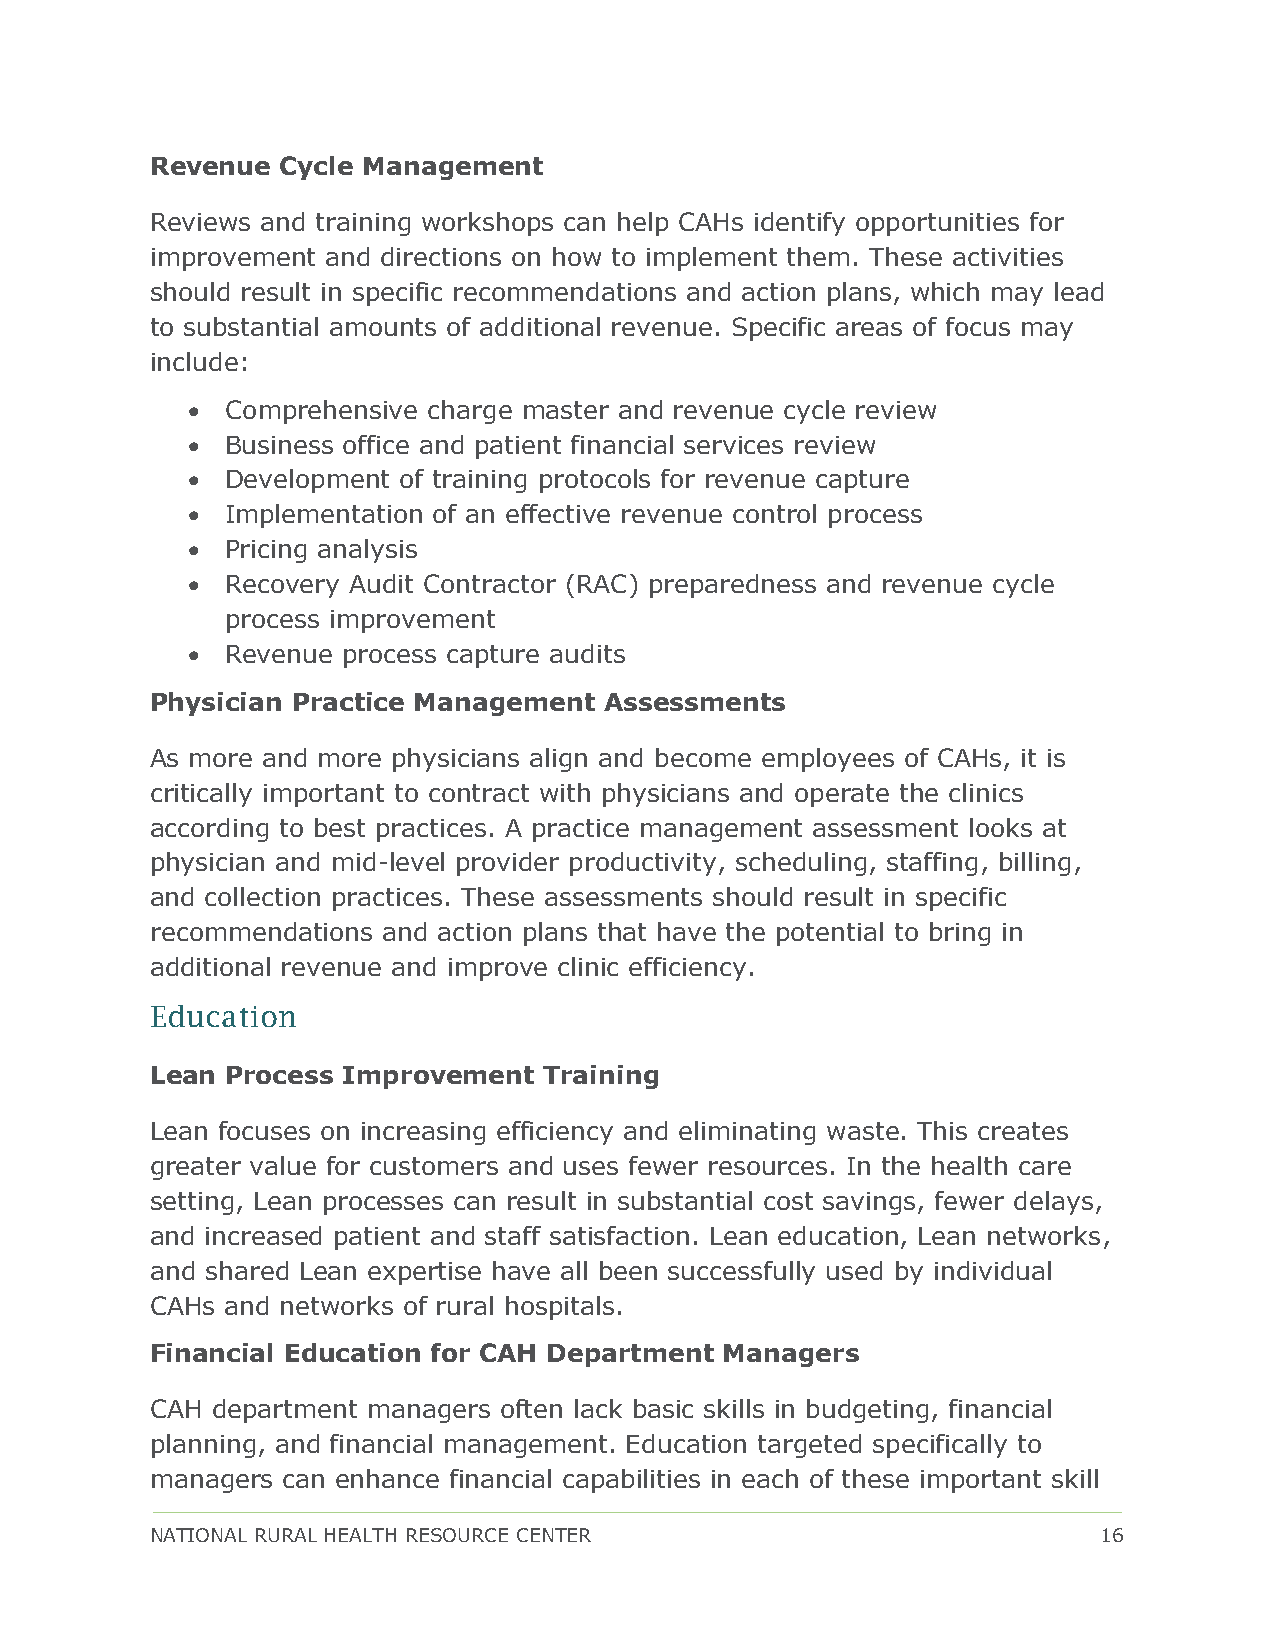
Revenue  Cycle Management
 Reviews and training workshops can help CAHs identify opportunities for
 improvement and directions on how to implement them. These activities
 should result in specific recommendations and action plans, which may lead
 to substantial amounts of additional revenue. Specific areas of focus may
 include:
 •  Comprehensive charge master and revenue cycle review
 •  Business office and patient financial services review
 •  Development of training protocols for revenue capture
 •  Implementation of an effective revenue control process
 •  Pricing analysis
 •  Recovery Audit Contractor (RAC) preparedness and revenue cycle
 process improvement
 •  Revenue process capture audits
 Physician Practice Management Assessments
 As more and more physicians align and become employees of CAHs, it is
 critically important to contract with physicians and operate the clinics
 according to best practices. A practice management assessment looks at
 physician and mid-level provider productivity, scheduling, staffing, billing,
 and collection practices. These assessments should result in specific
 recommendations and action plans that have the potential to bring in
 additional revenue and improve clinic efficiency.
 Education
 Lean Process Improvement  Training
 Lean focuses on increasing efficiency and eliminating waste. This creates
 greater value for customers and uses fewer resources. In the health care
 setting, Lean processes can result in substantial cost savings, fewer delays,
 and increased patient and staff satisfaction. Lean education, Lean networks,
 and shared Lean expertise have all been successfully used by individual
 CAHs and networks of rural hospitals.
 Financial Education for CAH Department Managers
 CAH department managers often lack basic skills in budgeting, financial
 planning, and financial management. Education targeted specifically to
 managers can enhance financial capabilities in each of these important skill
 NATIONAL RURAL HEALTH RESOURCE CENTER                          16